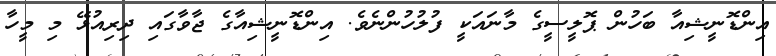
އިންޑޮނީޝިއާ ބަހުން ޕޮލީސީގެ މާނައަކީ ފުލުހުންނެވެ. އިންޑޮނީޝިއާގެ ޖާވާގައި ދިރިއުޅޭ މި މީހާ